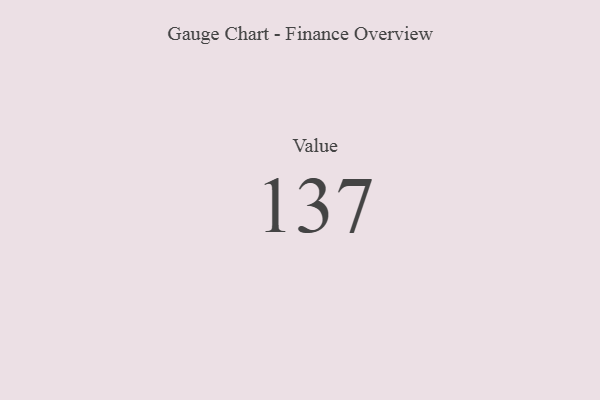
{"axis": {"x": "Metric", "y": "Value"}, "legend": [""], "data": [{"x": "Value", "y": 137, "type": ""}]}